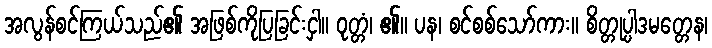
အလွန်စင်ကြယ်သည်၏ အဖြစ်ကိုပြခြင်းငှါ။ ဝုတ္တံ၊ ၏။ ပန၊ စင်စစ်သော်ကား။ စိတ္တုပ္ပါဒမတ္တေန၊